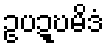
ဥပဍ္ဎမိဒံ